Malarial fevers
Disease focus: Malaria
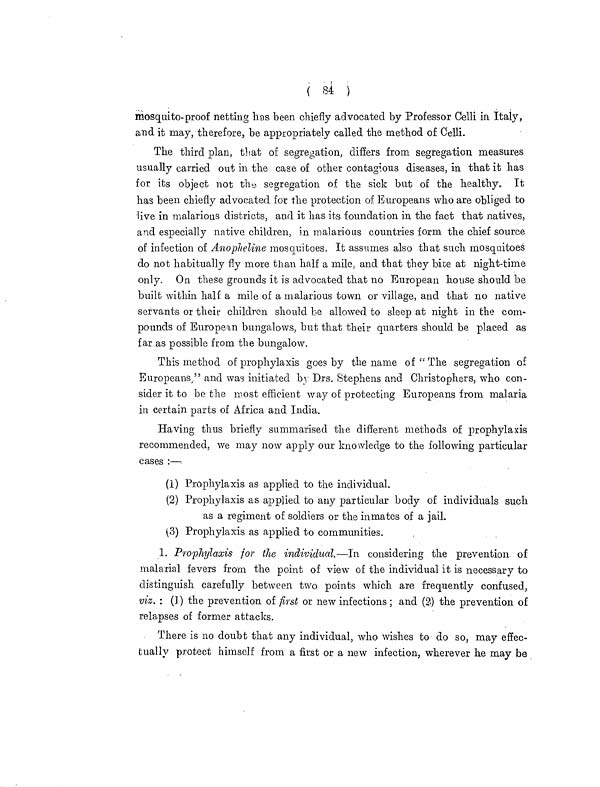
( 84 )
mosquito-proof netting has been chiefly advocated by Professor Celli in Italy,
and it may, therefore, be appropriately called the method of Celli.
The third plan, that of segregation, differs from segregation measures
usually carried out in the case of other contagious diseases, in that it has
for its object not thy segregation of the sick but of the healthy. It
has been chiefly advocated for the protection of Europeans who are obliged to
live in malarious districts, and it has its foundation in the fact that natives,
and especially native children, in malarious countries form the chief source
of infection of Anopheline mosquitoes. It assumes also that such mosquitoes
do not habitually fly more than half a mile, and that they bite at night-time
only. On these grounds it is advocated that no European house should be
built within half a mile of a malarious town or village, and that no native
servants or their children should be allowed to sleep at night in the com-
pounds of European bungalows, but that their quarters should be placed as
far as possible from the bungalow.
This method of prophylaxis goes by the name of " The segregation of
Europeans," and was initiated by Drs. Stephens and Christophers, who con-
sider it to be the most efficient way of protecting Europeans from malaria
in certain parts of Africa and India.
Having thus briefly summarised the different methods of prophylaxis
recommended, we may now apply our knowledge to the following particular
cases :—
(1) Prophylaxis as applied to the individual.
(2) Prophylaxis as applied to any particular body of individuals such
as a regiment of soldiers or the inmates of a jail.
(3) Prophylaxis as applied to communities.
1. Prophylaxis for the individual.—In considering the prevention of
malarial fevers from the point of view of the individual it is necessary to
distinguish carefully between two points which are frequently confused,
viz. : (1) the prevention of first or new infections; and (2) the prevention of
relapses of former attacks.
There is no doubt that any individual, who wishes to do so, may effec-
tually protect himself from a first or a new infection, wherever he may be